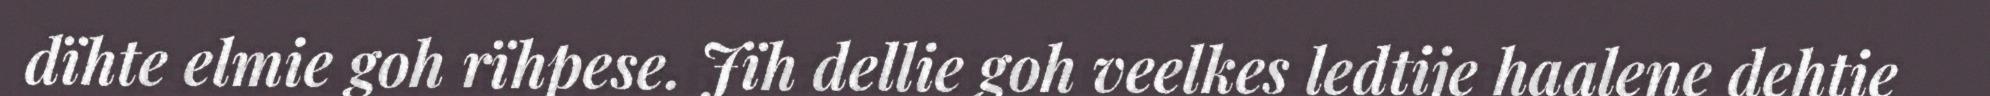
dïhte elmie goh rïhpese. Jïh dellie goh veelkes ledtije haalene dehtie